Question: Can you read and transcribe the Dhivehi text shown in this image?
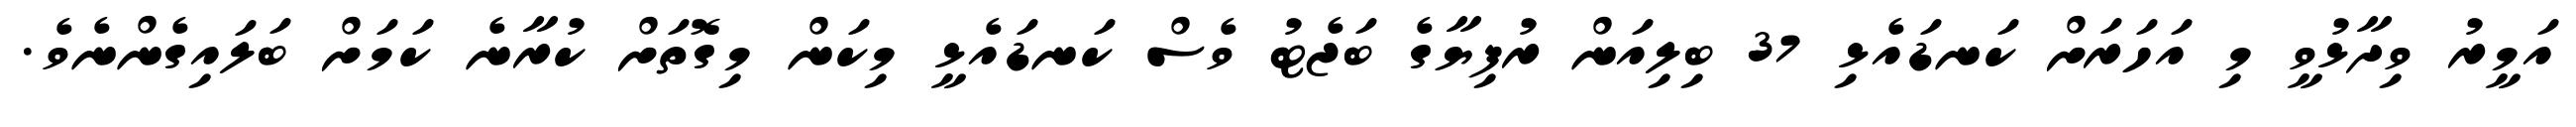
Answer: އަމީރު ވިދާޅުވީ މި އަހަރަށް ކަނޑައެޅި 37 ބިލިއަން ރުފިޔާގެ ބަޖެޓު ވެސް ކަނޑައެޅީ މިކަން މިގޮތަށް ކުރާނެ ކަމަށް ބަލައިގެންނެވެ.